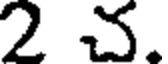
2 చ.